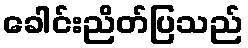
ခေါင်းညိတ်ပြသည်